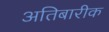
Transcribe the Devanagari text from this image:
अतिबारीक